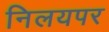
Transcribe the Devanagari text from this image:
निलयपर